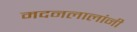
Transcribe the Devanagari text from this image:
मदनलालांनी